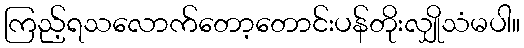
ကြည့်ရသလောက်တော့တောင်းပန်တိုးလျှိုသံမပါ။